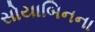
સોયાબિનના